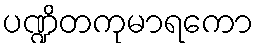
ပဏ္ဍိတကုမာရကော